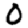
Digit: 0